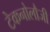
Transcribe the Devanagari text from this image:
टेकनोलौजी